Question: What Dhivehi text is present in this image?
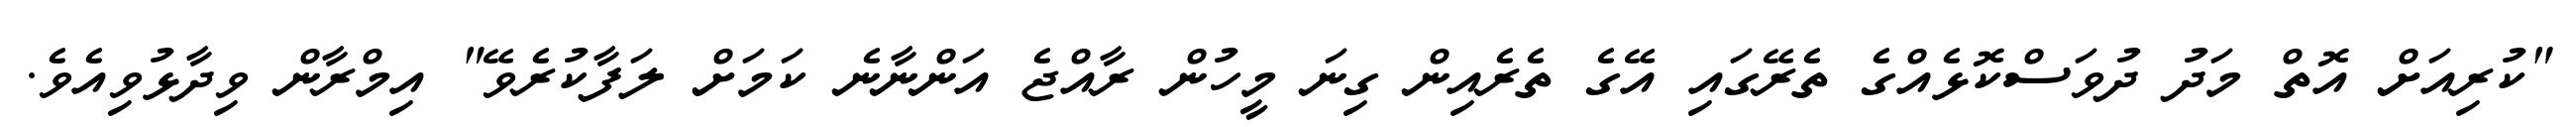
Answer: "ކުރިއަށް އޮތް މަދު ދުވަސްކޮޅެއްގެ ތެރޭގައި އޭގެ ތެރެއިން ގިނަ މީހުން ރާއްޖެ އަންނާނެ ކަމަށް ލަފާކުރެވޭ" އިމްރާން ވިދާޅުވިއެވެ.